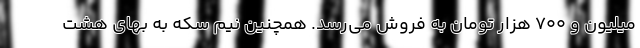
میلیون و ۷۰۰ هزار تومان به فروش می‌رسد. همچنین نیم سکه به بهای هشت